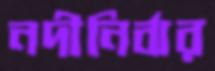
নদীনির্ঝর